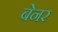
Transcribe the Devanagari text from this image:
बेनर